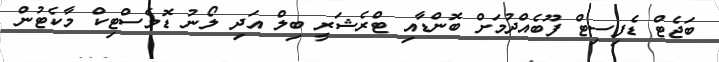
ބަޖެޓް ޑެފިސިޓް ފޫބެއްދުމަށް ބޮންޑާއި ޓްރެޝަރީ ބިލް އަދި ލޯނު ޑޮމެސްޓިކް މާކެޓުން